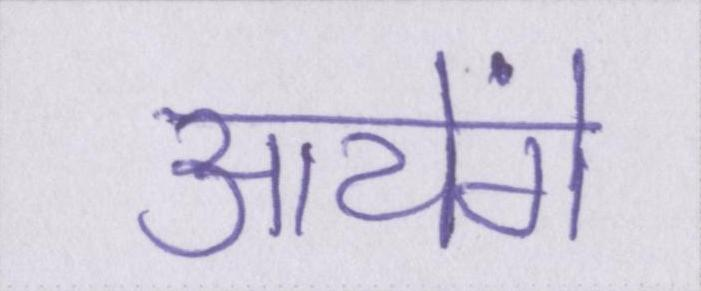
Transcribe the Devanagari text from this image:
आयेंगे